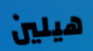
هيلين